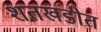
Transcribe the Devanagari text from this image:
शतखंडीत